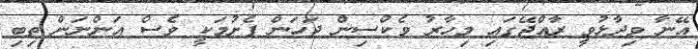
އޭނާ ވިދާޅުވީ ރާއްޖޭގައި މިހާރު ވެކްސިން ޖަހަން ފެށުމަކީ ވެސް އަންނަން ތިބި